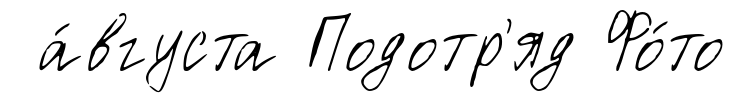
а́вгуста Подотр'яд Фо́то